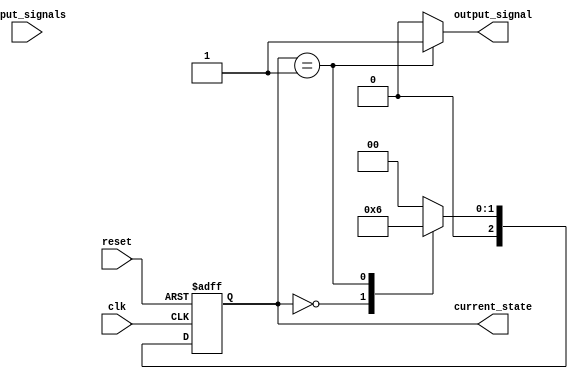
module moore_state_machine (
    input clk,
    input reset,
    input [1:0] input_signals,
    output reg [2:0] current_state,
    output reg output_signal
);

// Define states
parameter STATE_A = 3'b000;
parameter STATE_B = 3'b001;
parameter STATE_C = 3'b010;

// State transition logic
always @ (posedge clk or posedge reset)
begin
    if (reset)
        current_state <= STATE_A;
    else
    begin
        case (current_state)
            STATE_A: current_state <= STATE_B;
            STATE_B: current_state <= STATE_C;
            STATE_C: current_state <= STATE_A;
            default: current_state <= STATE_A;
        endcase
    end
end

// Output logic
always @ (*)
begin
    case (current_state)
        STATE_A: output_signal = 1'b0;
        STATE_B: output_signal = 1'b1; 
        STATE_C: output_signal = 1'b0;
        default: output_signal = 1'b0;
    endcase
end

endmodule